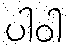
ပါဝါ